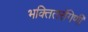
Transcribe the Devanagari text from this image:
भक्तितरंगिणी